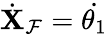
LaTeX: \dot{\mathbf{X}}_{\mathcal{F}}=\dot{\theta_{1}}